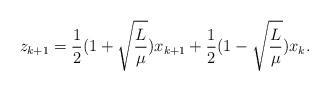
LaTeX: \begin{align*}z_{k+1}=\frac{1}{2}(1+\sqrt{\frac{L}{\mu}})x_{k+1}+\frac{1}{2}(1-\sqrt{\frac{L}{\mu}})x_k.\end{align*}